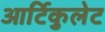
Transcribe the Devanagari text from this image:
आर्टिकुलेट